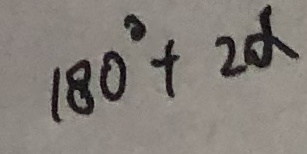
1 8 0 ^ { \circ } + 2 \alpha